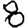
Digit: 8